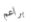
براعم